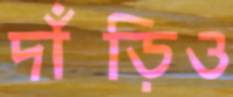
দাঁড়িও